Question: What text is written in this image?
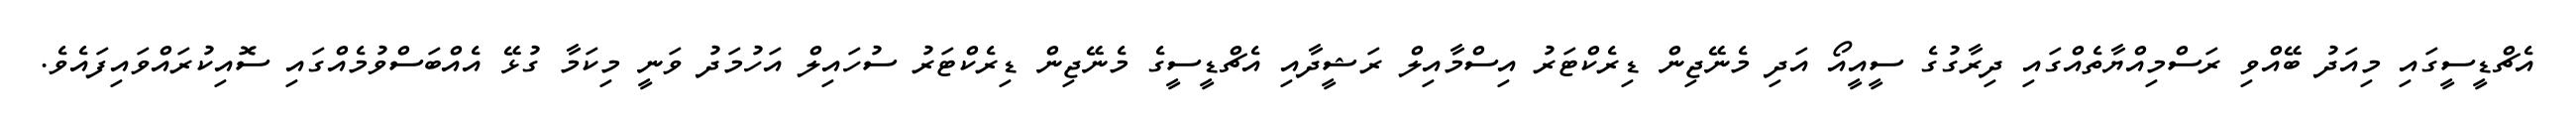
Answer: އެޗްޑީސީގައި މިއަދު ބޭއްވި ރަސްމިއްޔާތެއްގައި ދިރާގުގެ ސީއީއޯ އަދި މެނޭޖިން ޑިރެކްޓަރު އިސްމާއިލް ރަޝީދާއި އެޗްޑީސީގެ މެނޭޖިން ޑިރެކްޓަރު ސުހައިލް އަހުމަދު ވަނީ މިކަމާ ގުޅޭ އެއްބަސްވުމެއްގައި ސޮއިކުރައްވައިފައެވެ.